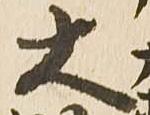
大